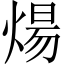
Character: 煬